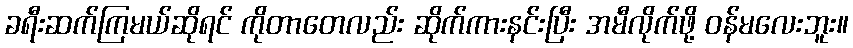
ခရီးဆက်ကြမယ်ဆိုရင် ကိုတာတေလည်း ဆိုက်ကားနင်းပြီး အမီလိုက်ဖို့ ဝန်မလေးဘူး။